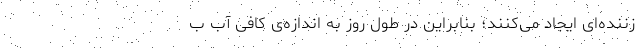
زننده‌ای ایجاد می‌کنند؛ بنابراین در طول روز به اندازه‌ی کافی آب ب